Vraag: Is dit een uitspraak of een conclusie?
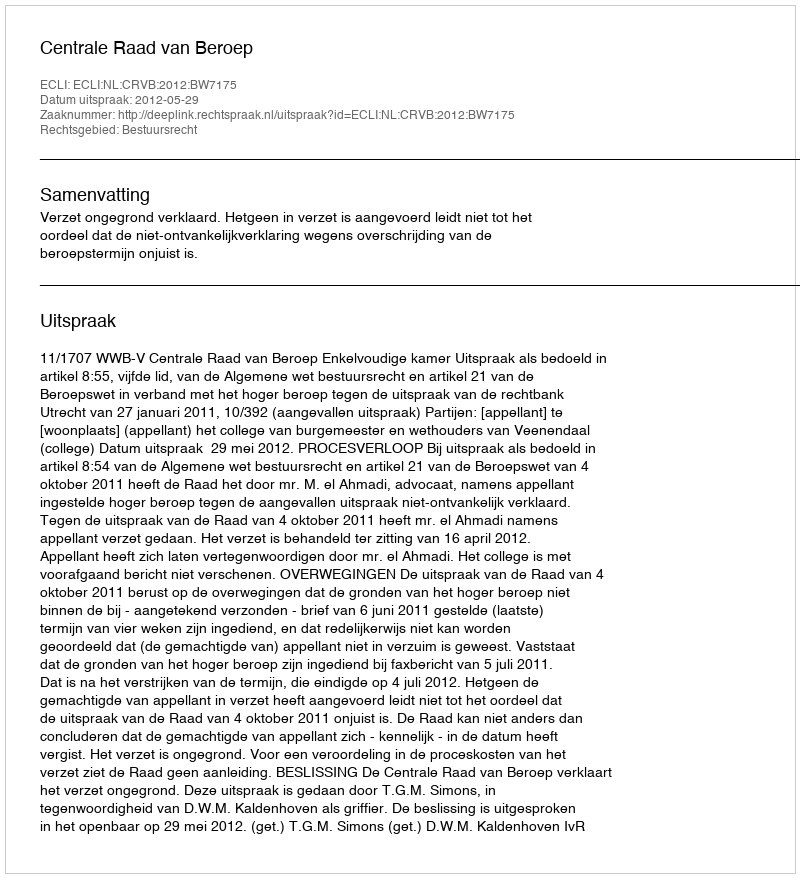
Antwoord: Uitspraak